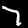
Digit: 7